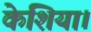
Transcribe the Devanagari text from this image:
केशिया।